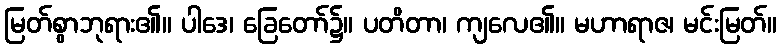
မြတ်စွာဘုရား၏။ ပါဒေ၊ ခြေတော်၌။ ပတိတာ၊ ကျလေ၏။ မဟာရာဇ၊ မင်းမြတ်။